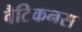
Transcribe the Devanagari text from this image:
वैटिकनस